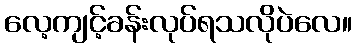
လေ့ကျင့်ခန်းလုပ်ရသလိုပဲလေ။